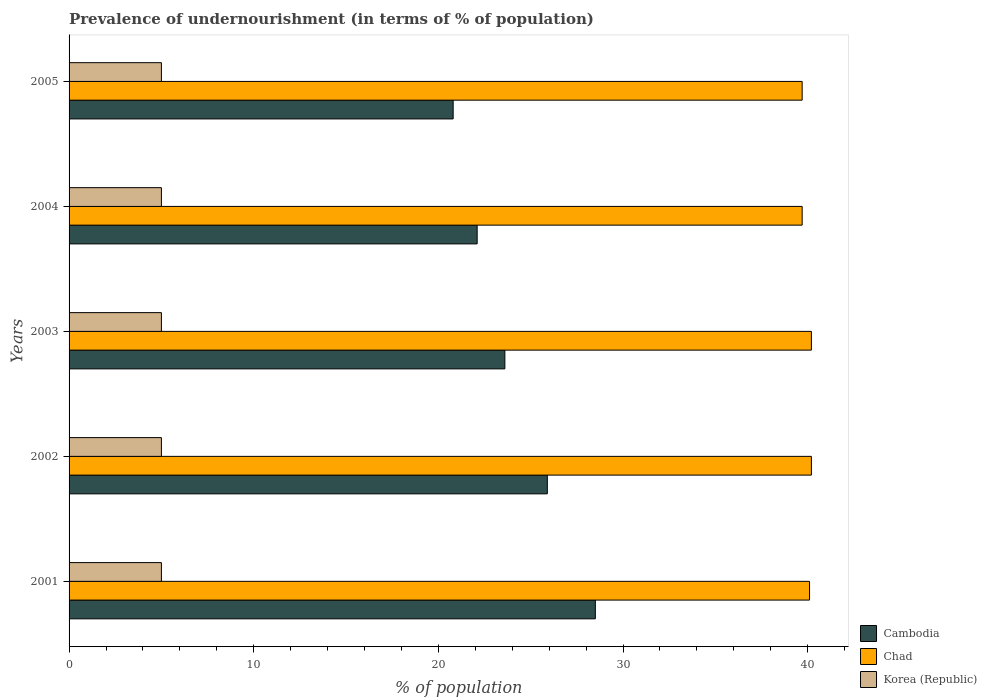
| Years | Cambodia | Chad | Korea (Republic) |
 | --- | --- | --- | --- |
 | 2001 | 28.5 | 40.1 | 5 |
 | 2002 | 25.9 | 40.2 | 5 |
 | 2003 | 23.6 | 40.2 | 5 |
 | 2004 | 22.1 | 39.7 | 5 |
 | 2005 | 20.8 | 39.7 | 5 |